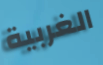
الغربية